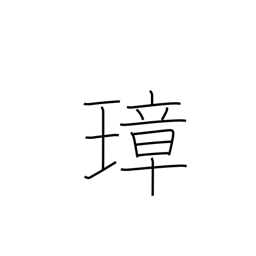
Meaning: ceremonial jeweled implement